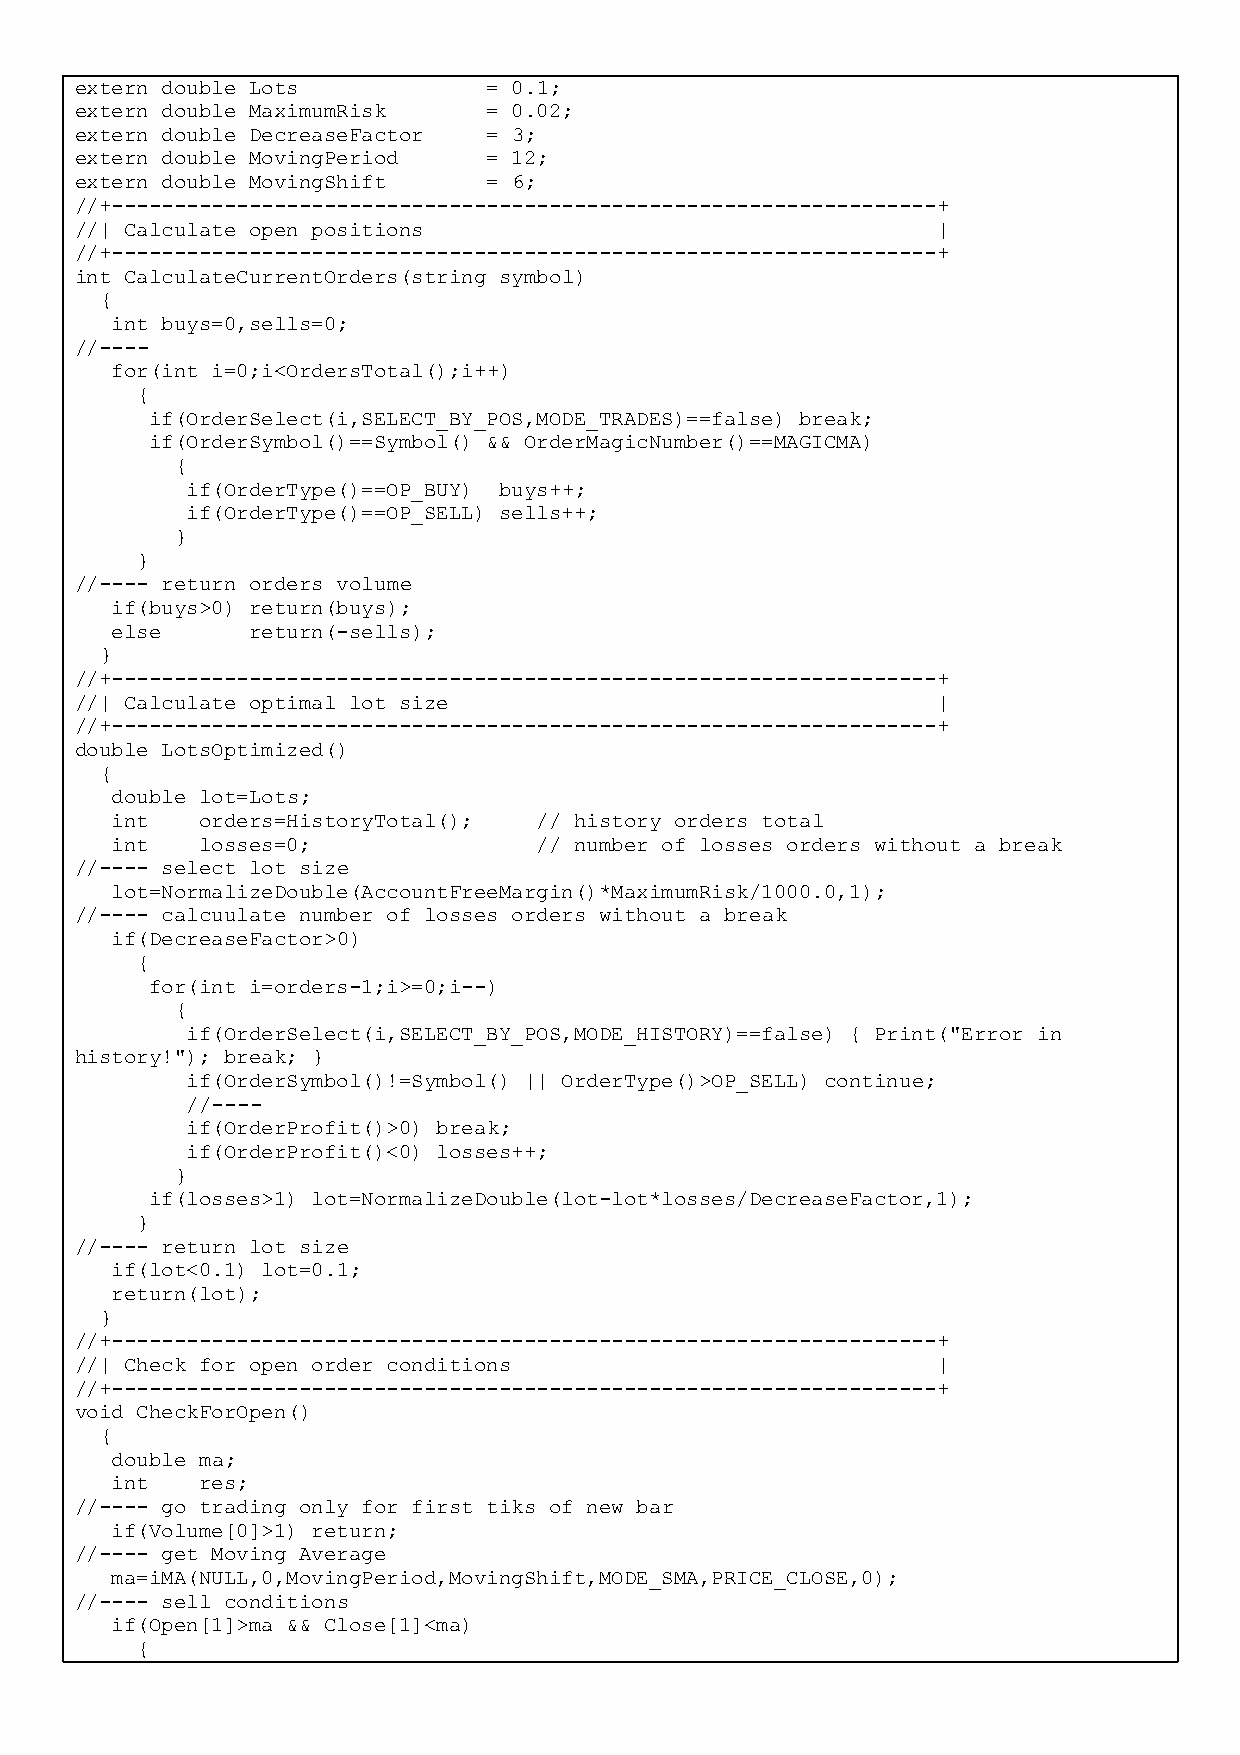
extern double Lots         = 0.1;
 extern double MaximumRisk  = 0.02;
 extern double DecreaseFactor = 3;
 extern double MovingPeriod = 12;
 extern double MovingShift  = 6;
 //+------------------------------------------------------------------+
 //| Calculate open positions                             |
 //+------------------------------------------------------------------+
 int CalculateCurrentOrders(string symbol)
 {
 int buys=0,sells=0;
 //----
 for(int i=0;i<OrdersTotal();i++)
 {
 if(OrderSelect(i,SELECT_BY_POS,MODE_TRADES)==false) break;
 if(OrderSymbol()==Symbol() && OrderMagicNumber()==MAGICMA)
 {
 if(OrderType()==OP_BUY) buys++;
 if(OrderType()==OP_SELL) sells++;
 }
 }
 //---- return orders volume
 if(buys>0) return(buys);
 else      return(-sells);
 }
 //+------------------------------------------------------------------+
 //| Calculate optimal lot size                           |
 //+------------------------------------------------------------------+
 double LotsOptimized()
 {
 double lot=Lots;
 int   orders=HistoryTotal(); // history orders total
 int   losses=0;              // number of losses orders without a break
 //---- select lot size
 lot=NormalizeDouble(AccountFreeMargin()*MaximumRisk/1000.0,1);
 //---- calcuulate number of losses orders without a break
 if(DecreaseFactor>0)
 {
 for(int i=orders-1;i>=0;i--)
 {
 if(OrderSelect(i,SELECT_BY_POS,MODE_HISTORY)==false) { Print("Error in
 history!"); break; }
 if(OrderSymbol()!=Symbol() || OrderType()>OP_SELL) continue;
 //----
 if(OrderProfit()>0) break;
 if(OrderProfit()<0) losses++;
 }
 if(losses>1) lot=NormalizeDouble(lot-lot*losses/DecreaseFactor,1);
 }
 //---- return lot size
 if(lot<0.1) lot=0.1;
 return(lot);
 }
 //+------------------------------------------------------------------+
 //| Check for open order conditions                      |
 //+------------------------------------------------------------------+
 void CheckForOpen()
 {
 double ma;
 int   res;
 //---- go trading only for first tiks of new bar
 if(Volume[0]>1) return;
 //---- get Moving Average
 ma=iMA(NULL,0,MovingPeriod,MovingShift,MODE_SMA,PRICE_CLOSE,0);
 //---- sell conditions
 if(Open[1]>ma && Close[1]<ma)
 {